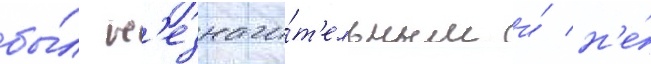
бы́л н'езначи́т'ельным и́ н'е́